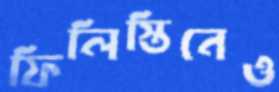
ফিলিস্তিনেও